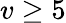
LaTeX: v\geq 5